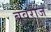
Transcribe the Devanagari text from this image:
ब्रुवरीज